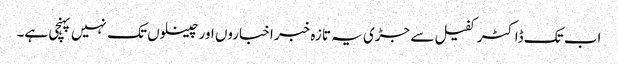
اب تک ڈاکٹر کفیل سے جڑی یہ تازہ خبر اخباروں اور چینلوں تک نہیں پہنچی ہے۔